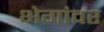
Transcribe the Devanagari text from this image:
भेगांवर